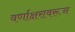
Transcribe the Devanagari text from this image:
वर्णाक्षरावरून